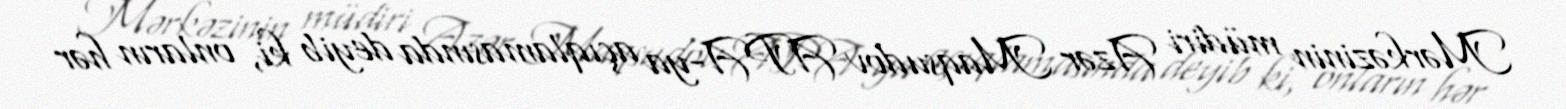
Mərkəzinin müdiri Azər Maqsudov APA-ya açıqlamasında deyib ki, onların hər